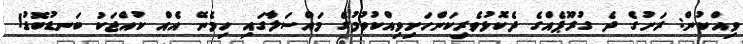
ވިއްކުން: ރަށުގެ ދެ ގުރޫޕެއްގެ ދެކޮޅުވެރިކަންހަށިވިއްކުވުމުގެ މައްސަލާގައި ހިމެނޭ އެއް ކުއްޖަކު ބަނޑުބޮޑު!